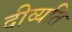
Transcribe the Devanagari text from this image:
दीव्यति